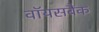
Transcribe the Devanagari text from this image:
वॉयसबैंक